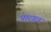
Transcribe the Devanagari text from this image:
पारगत